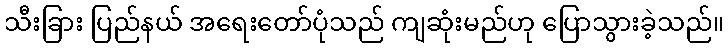
သီးခြား ပြည်နယ် အရေးတော်ပုံသည် ကျဆုံးမည်ဟု ပြောသွားခဲ့သည်။